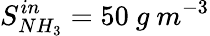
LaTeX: S_{NH_{3}}^{in}=50\ g\ m^{-3}